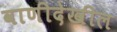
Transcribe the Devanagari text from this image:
वाणीदेखील